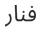
فنار